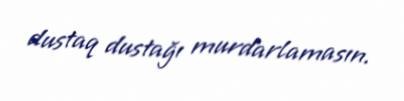
dustaq dustağı murdarlamasın.